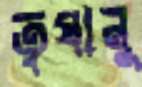
তৃষানু